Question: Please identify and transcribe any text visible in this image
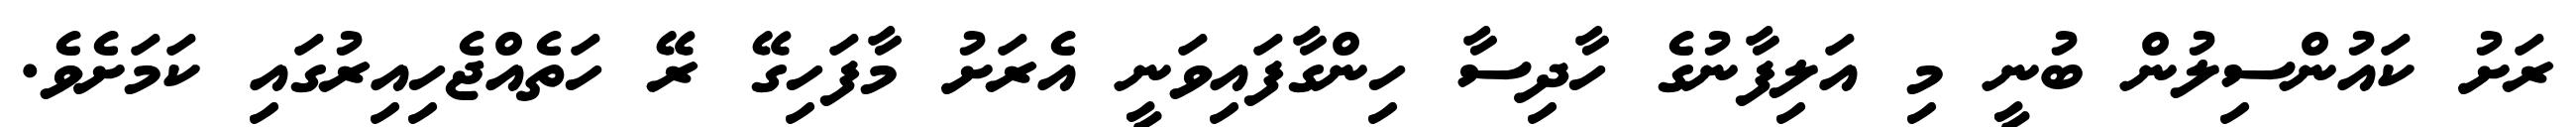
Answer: ރަށު ކައުންސިލުން ބުނީ މި އަލިފާނުގެ ހާދިސާ ހިންގާފައިވަނީ އެރަށު މާފަހިގޭ ރޭ ހަތެއްޖެހިއިރުގައި ކަމަށެވެ.